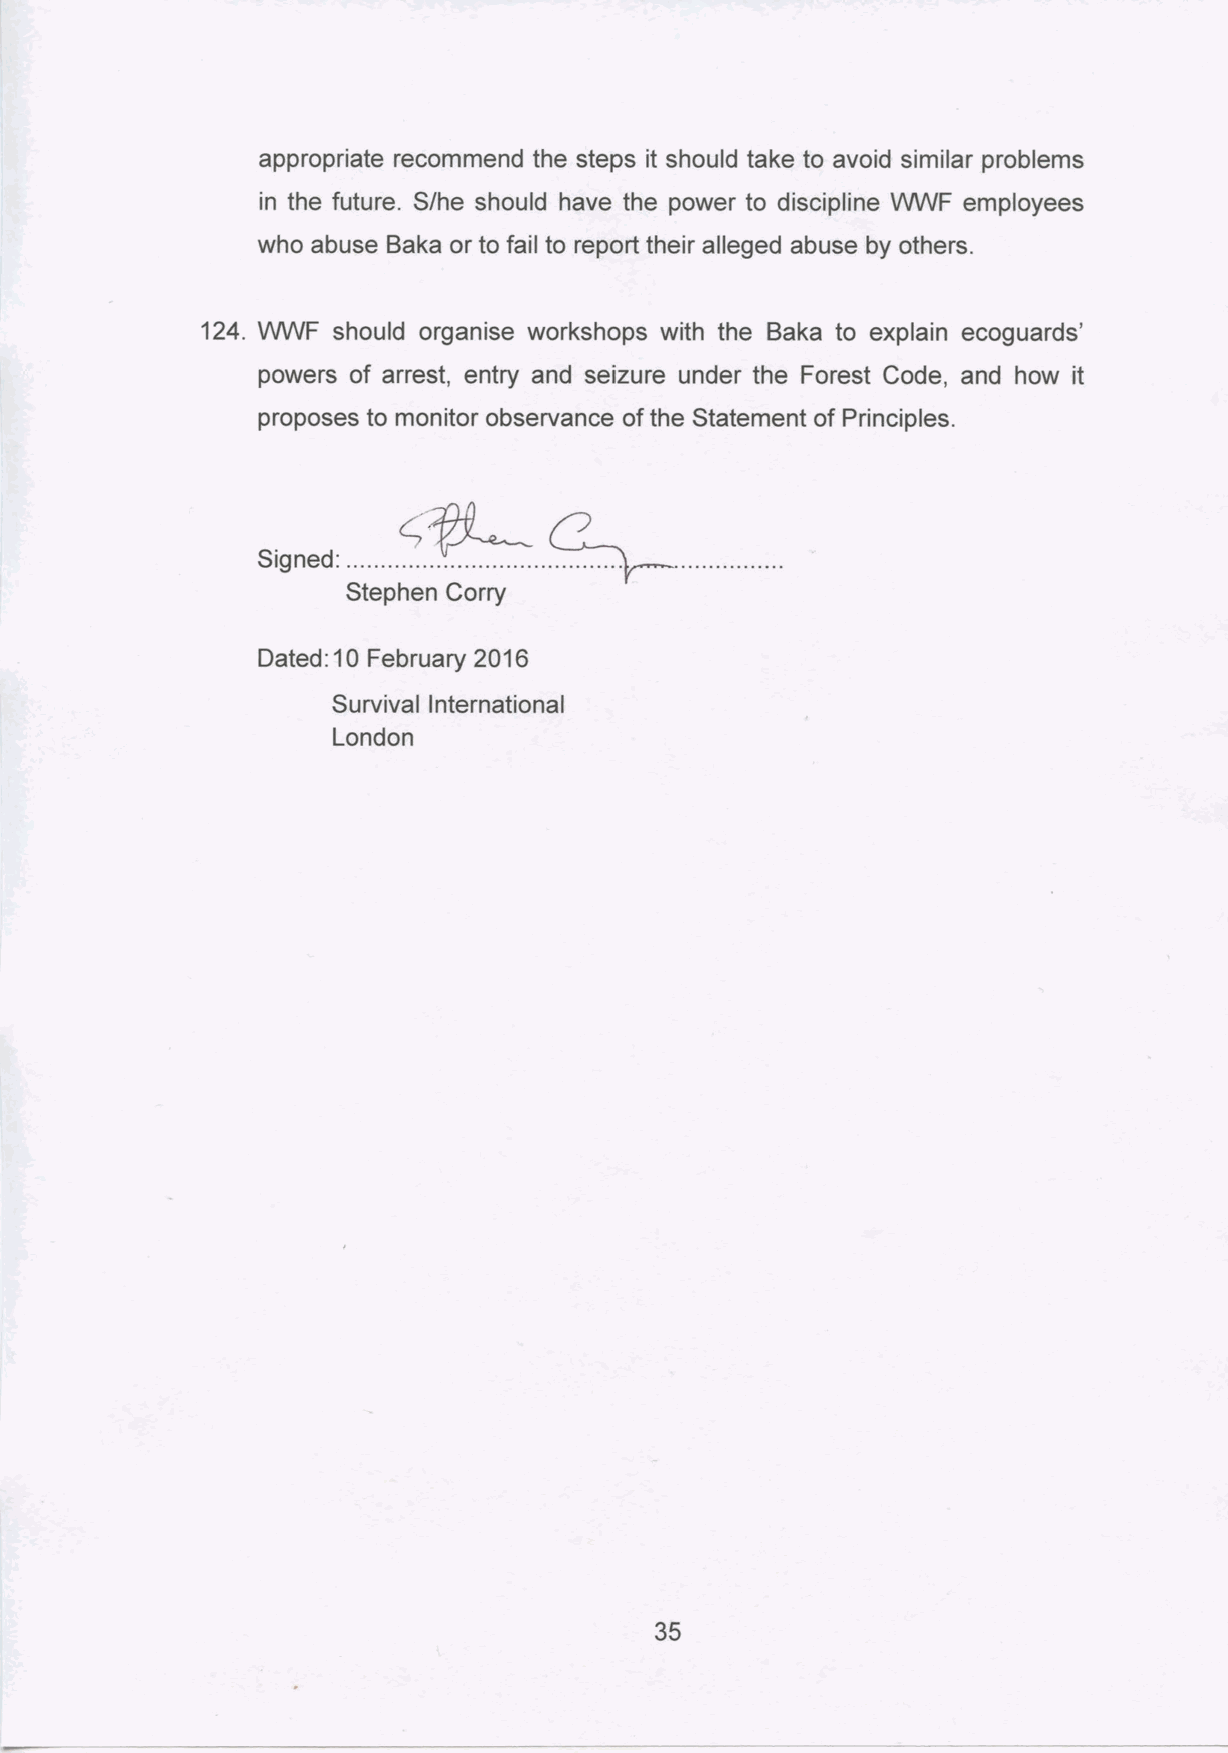
appropriate recommend the steps it should take to avoid similar problems
 in the future. S/he should have the power to discipline VWVF employees
 who abuse Baka or to fail to report their alleged abuse by others.
 124. VWVF should organise workshops with the Baka to explain ecoguards'
 powers of arrest, entry and seizure under the Forest Code, and how it
 proposes to monitor observance of the Statement of Principles.
 .       c;fL-_
 S1gned: ..............................
 Stephen Corry
 Dated: 10 February 2016
 Survival International
 London
 35